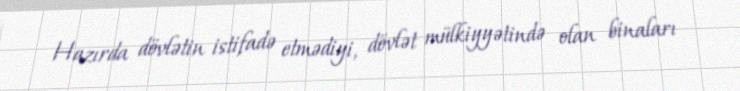
Hazırda dövlətin istifadə etmədiyi, dövlət mülkiyyətində olan binaları